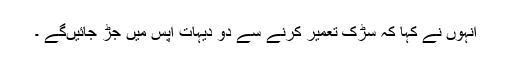
انہوں نے کہا کہ سڑک تعمیر کرنے سے دو دیہات آپس میں جڑ جائیںگے ۔